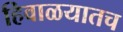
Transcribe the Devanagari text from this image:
हिवाळयातच